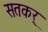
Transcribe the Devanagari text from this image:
सतकर्